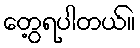
တွေ့ရပါတယ်။